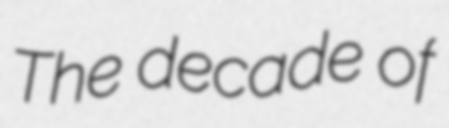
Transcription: The decade of